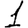
Digit: 1